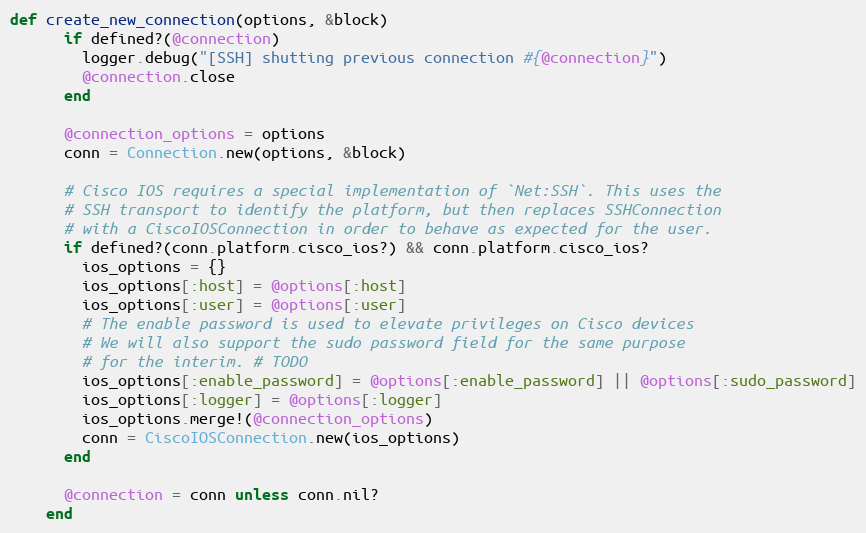
Language: Ruby
def create_new_connection(options, &block)
      if defined?(@connection)
        logger.debug("[SSH] shutting previous connection #{@connection}")
        @connection.close
      end

      @connection_options = options
      conn = Connection.new(options, &block)

      # Cisco IOS requires a special implementation of `Net:SSH`. This uses the
      # SSH transport to identify the platform, but then replaces SSHConnection
      # with a CiscoIOSConnection in order to behave as expected for the user.
      if defined?(conn.platform.cisco_ios?) && conn.platform.cisco_ios?
        ios_options = {}
        ios_options[:host] = @options[:host]
        ios_options[:user] = @options[:user]
        # The enable password is used to elevate privileges on Cisco devices
        # We will also support the sudo password field for the same purpose
        # for the interim. # TODO
        ios_options[:enable_password] = @options[:enable_password] || @options[:sudo_password]
        ios_options[:logger] = @options[:logger]
        ios_options.merge!(@connection_options)
        conn = CiscoIOSConnection.new(ios_options)
      end

      @connection = conn unless conn.nil?
    end